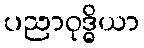
ပညာဝုဒ္ဓိယာ